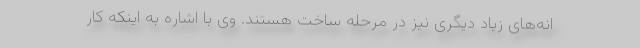
انه‌های زیاد دیگری نیز در مرحله ساخت هستند. وی با اشاره به اینکه کار